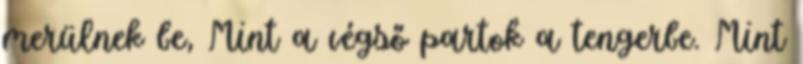
merülnek be, Mint a végső partok a tengerbe. Mint